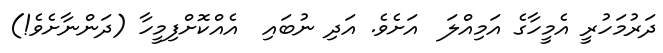
ދަރުމަހުރީ އެމީހާގެ އަމިއްލަ  އަށެވެ. އަދި ނުބައި  އެއްކޮށްފިމީހާ (ދަންނާށެވެ!)